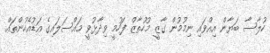
ހުލާސާ ބަޔާން އިއްވައި ނިމުމުން ގާޒީ މުހުތާޒް ފަހުމީ ވިދާޅުވީ މައްސަލައިގެ އަޑުއެހުންތައް